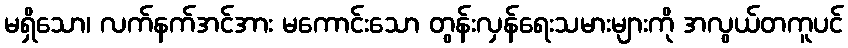
မရှိသော၊ လက်နက်အင်အား မကောင်းသော တွန်းလှန်ရေးသမားများကို အလွယ်တကူပင်